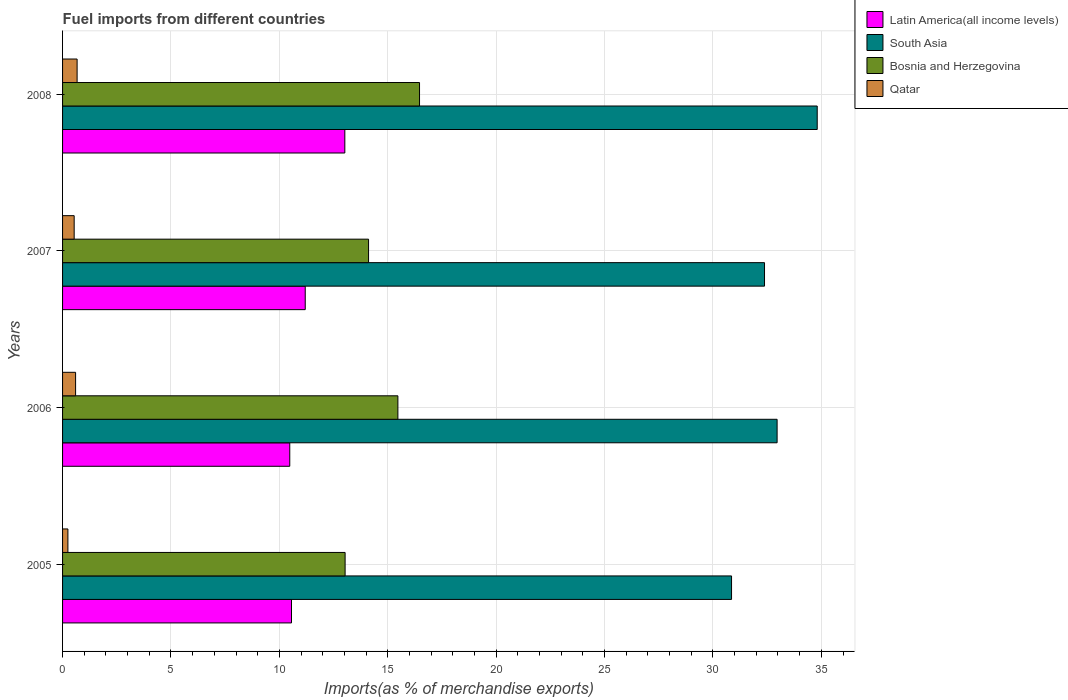
| Years | Latin America(all income levels) | South Asia | Bosnia and Herzegovina | Qatar |
 | --- | --- | --- | --- | --- |
 | 2005 | 10.6 | 30.9 | 13 | 0.246 |
 | 2006 | 10.5 | 33 | 15.5 | 0.601 |
 | 2007 | 11.2 | 32.4 | 14.1 | 0.536 |
 | 2008 | 13 | 34.8 | 16.5 | 0.671 |